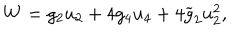
W = g _ { 2 } u _ { 2 } + 4 g _ { 4 } u _ { 4 } + 4 \widetilde { g } _ { 2 } u _ { 2 } ^ { 2 } ,